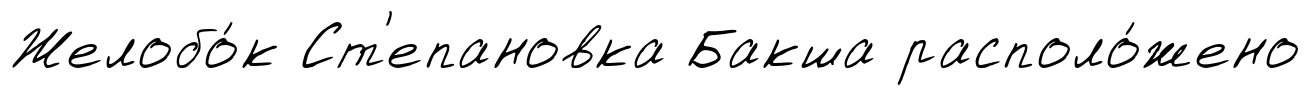
Желобо́к Ст'епановка Бакша располо́жено